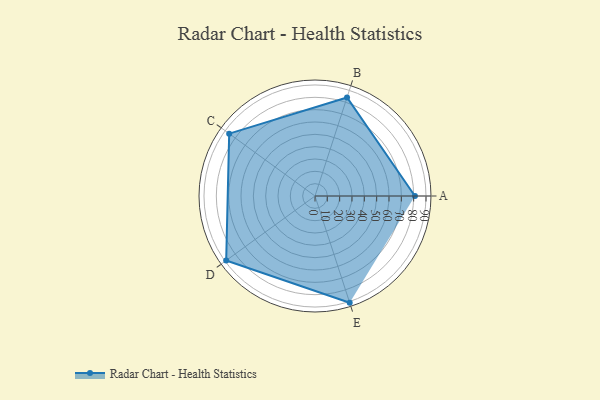
{"axis": {"x": "Skill", "y": "Score"}, "legend": ["Profile"], "data": [{"x": "A", "y": 81.0, "type": "Profile"}, {"x": "B", "y": 84.0, "type": "Profile"}, {"x": "C", "y": 86.0, "type": "Profile"}, {"x": "D", "y": 89.0, "type": "Profile"}, {"x": "E", "y": 91.0, "type": "Profile"}]}